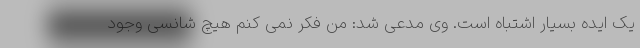
یک ایده بسیار اشتباه است. وی مدعی شد: من فکر نمی کنم هیچ شانسی وجود